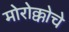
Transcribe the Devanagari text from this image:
मोरोक्कोचे